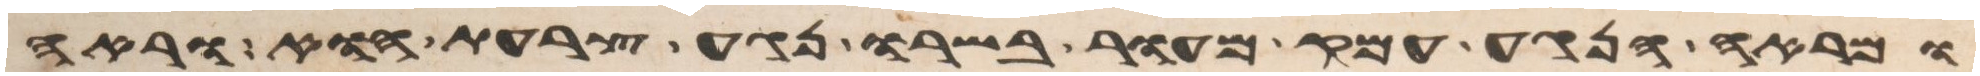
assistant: ומראה הנגע עמק מעור בשרו נגע צרעת הוא וראה